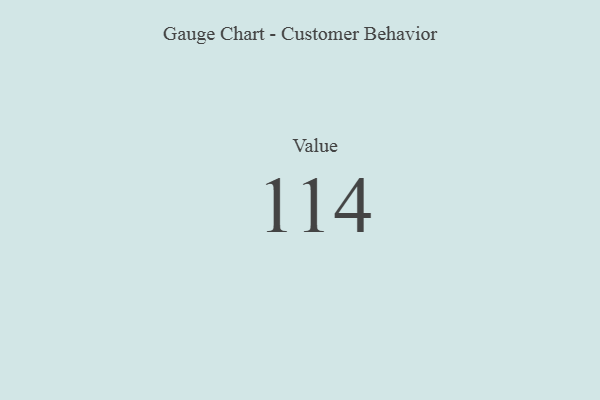
{"axis": {"x": "Metric", "y": "Value"}, "legend": [""], "data": [{"x": "Value", "y": 114, "type": ""}]}